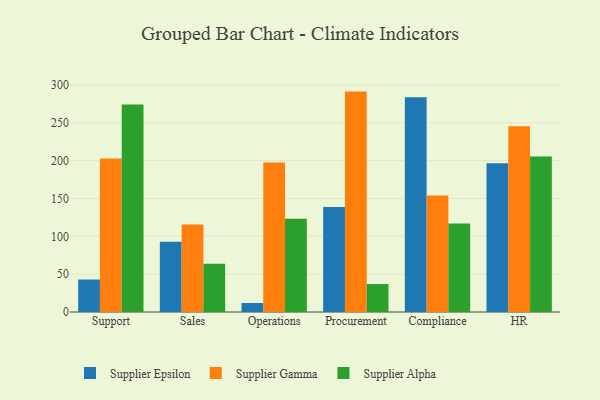
{"axis": {"x": "Department", "y": "Energy Usage (MWh)"}, "legend": ["Supplier Alpha", "Supplier Epsilon", "Supplier Gamma"], "data": [{"x": "Support", "y": 42.9, "type": "Supplier Epsilon"}, {"x": "Support", "y": 202.9, "type": "Supplier Gamma"}, {"x": "Support", "y": 274.3, "type": "Supplier Alpha"}, {"x": "Sales", "y": 92.8, "type": "Supplier Epsilon"}, {"x": "Sales", "y": 115.5, "type": "Supplier Gamma"}, {"x": "Sales", "y": 63.7, "type": "Supplier Alpha"}, {"x": "Operations", "y": 11.9, "type": "Supplier Epsilon"}, {"x": "Operations", "y": 197.6, "type": "Supplier Gamma"}, {"x": "Operations", "y": 123.1, "type": "Supplier Alpha"}, {"x": "Procurement", "y": 138.8, "type": "Supplier Epsilon"}, {"x": "Procurement", "y": 291.2, "type": "Supplier Gamma"}, {"x": "Procurement", "y": 36.9, "type": "Supplier Alpha"}, {"x": "Compliance", "y": 283.6, "type": "Supplier Epsilon"}, {"x": "Compliance", "y": 153.9, "type": "Supplier Gamma"}, {"x": "Compliance", "y": 116.9, "type": "Supplier Alpha"}, {"x": "HR", "y": 196.5, "type": "Supplier Epsilon"}, {"x": "HR", "y": 245.3, "type": "Supplier Gamma"}, {"x": "HR", "y": 205.4, "type": "Supplier Alpha"}]}